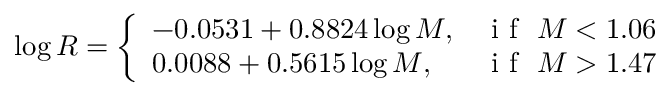
\log R = \left\{ \begin{array} { l l } { - 0 . 0 5 3 1 + 0 . 8 8 2 4 \log M , } & { \mathrm { ~ i ~ f ~ } \ M < 1 . 0 6 } \\ { 0 . 0 0 8 8 + 0 . 5 6 1 5 \log M , } & { \mathrm { ~ i ~ f ~ } \ M > 1 . 4 7 } \end{array} \right.